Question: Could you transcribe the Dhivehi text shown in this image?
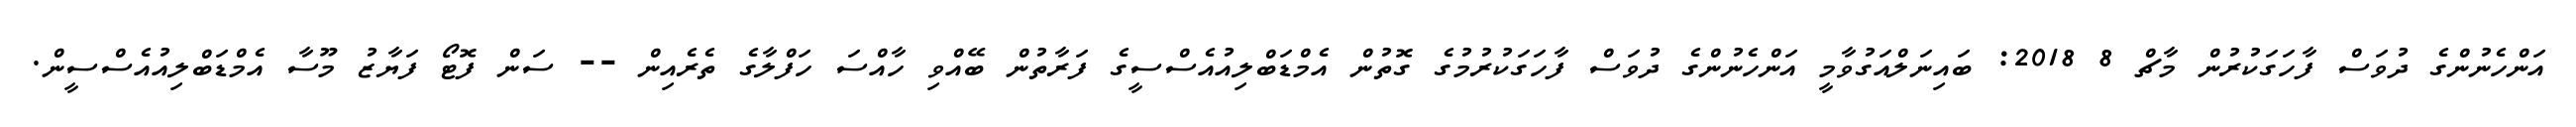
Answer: އަންހެނުންގެ ދުވަސް ފާހަގަކުރުން މާޗް 8 2018: ބައިނަލްއަގުވާމީ އަންހެނުންގެ ދުވަސް ފާހަގަކުރުމުގެ ގޮތުން އެމްޑަބްލިއުއެސްސީގެ ފަރާތުން ބޭއްވި ހާއްސަ ހަފްލާގެ ތެރެއިން -- ސަން ފޮޓޯ ފަޔާޒު މޫސާ އެމްޑަބްލިއުއެސްސީން.